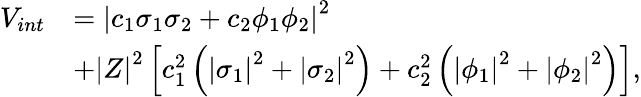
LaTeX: \begin{array}{ll}{{V_{int}}}&{{=\left|c_{1}\sigma_{1}\sigma_{2}+c_{2}\phi_{1}\phi_{2}\right|^{2}}}\\ {{}}&{{+\left|Z\right|^{2}\left[c_{1}^{2}\left(\left|\sigma_{1}\right|^{2}+\left|\sigma_{2}\right|^{2}\right)+c_{2}^{2}\left(\left|\phi_{1}\right|^{2}+\left|\phi_{2}\right|^{2}\right)\right],}}\end{array}